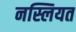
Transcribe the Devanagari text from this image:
नस्लियत